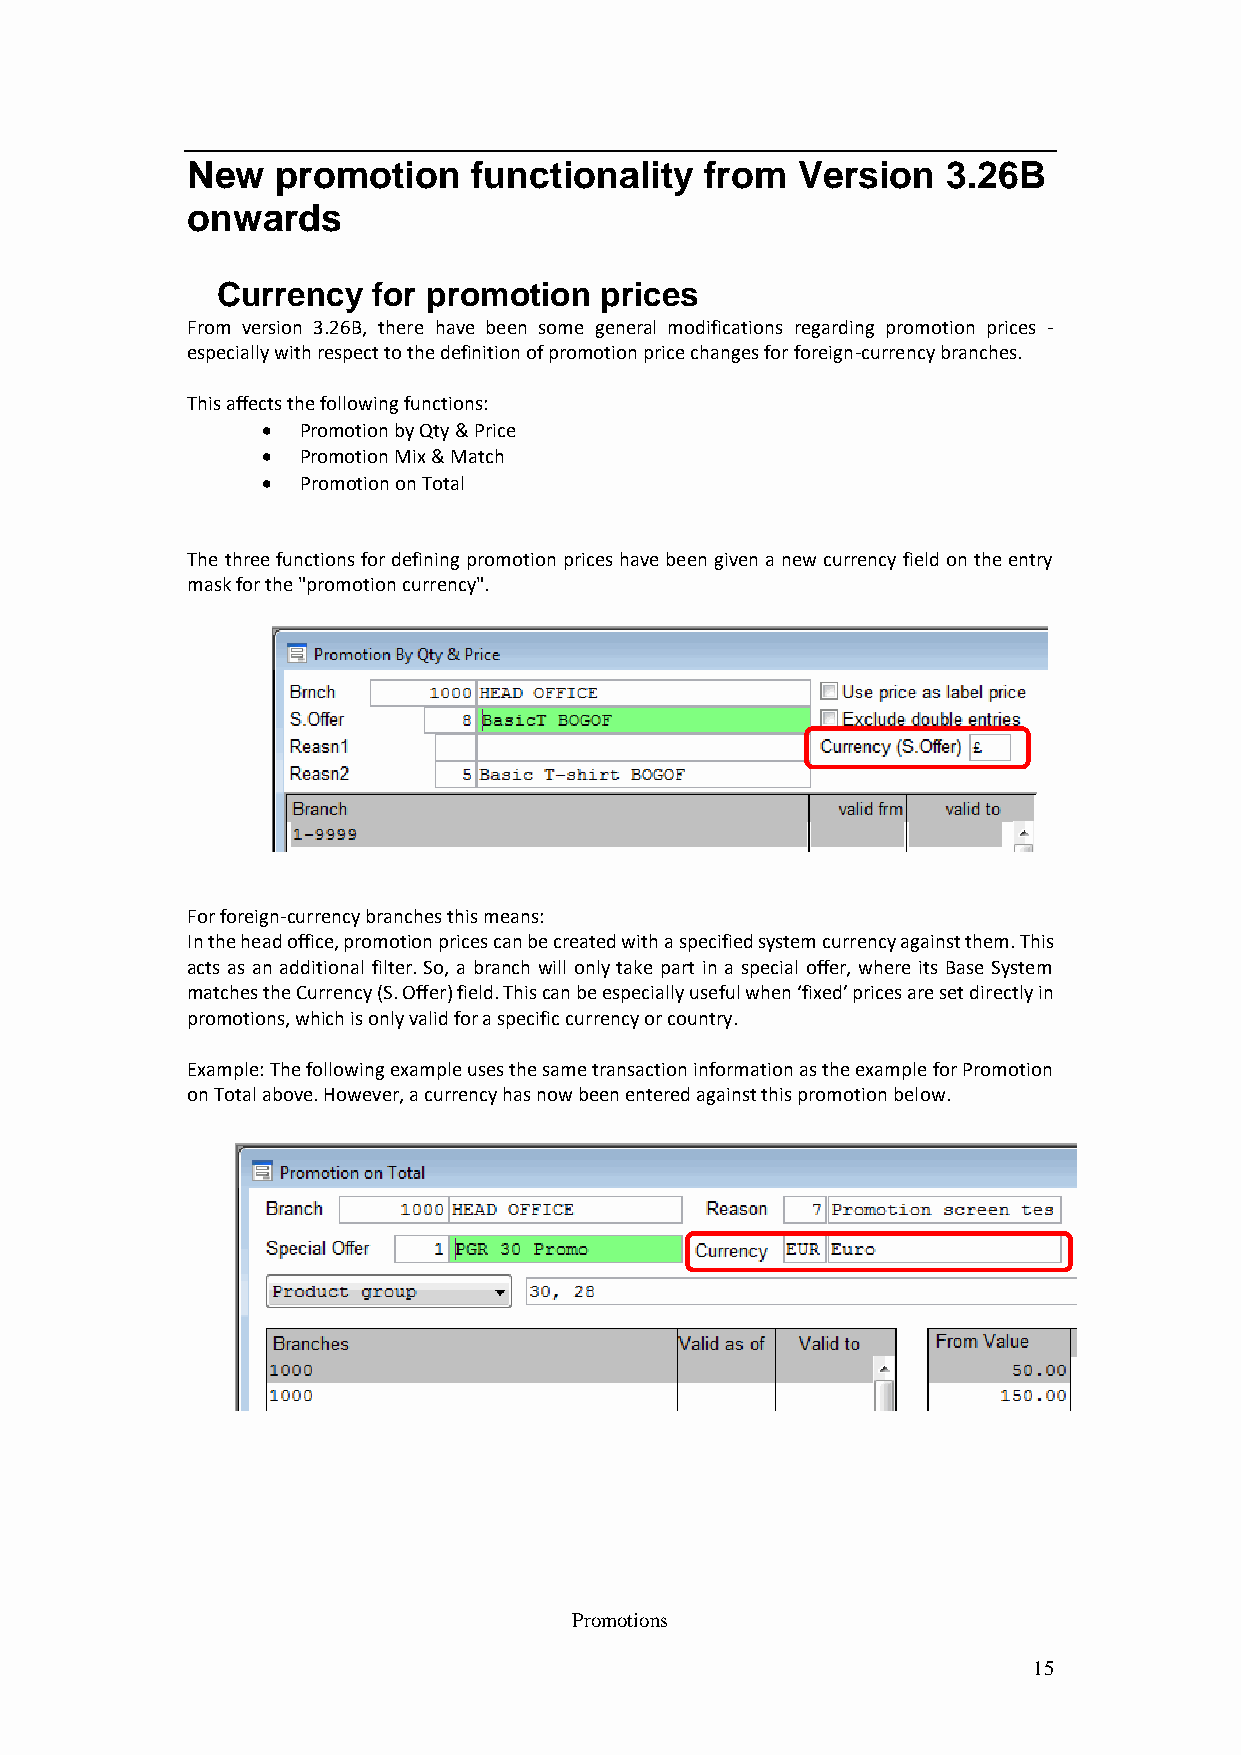
New   promotion    functionality   from  Version   3.26B
 onwards
 Currency   for promotion  prices
 From version 3.26B, there have been some general modifications regarding promotion prices -
 especially with respect to the definition of promotion price changes for foreign-currency branches.
 This affects the following functions:
   Promotion by Qty & Price
   Promotion Mix & Match
   Promotion on Total
 The three functions for defining promotion prices have been given a new currency field on the entry
 mask for the "promotion currency".
 For foreign-currency branches this means:
 In the head office, promotion prices can be created with a specified system currency against them. This
 acts as an additional filter. So, a branch will only take part in a special offer, where its Base System
 matches the Currency (S. Offer) field. This can be especially useful when ‘fixed’ prices are set directly in
 promotions, which is only valid for a specific currency or country.
 Example: The following example uses the same transaction information as the example for Promotion
 on Total above. However, a currency has now been entered against this promotion below.
 Promotions
 15